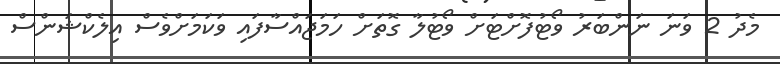
މެދު 2 ވަނަ ނަންބަރު ވޯޓުފޮށްޓަށް ވޯޓުލާ ގޮތަށް ހަމަޖައްސާފައި ވަކަމަށްވެސް އިލެކްޝަންސް